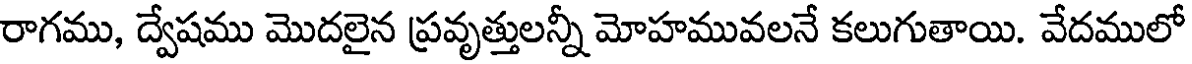
రాగము, ద్వేషము మొదలైన ప్రవృత్తులన్నీ మోహమువలనే కలుగుతాయి. వేదములో